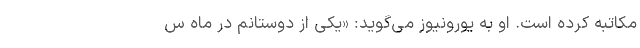
مکاتبه کرده است. او به یورونیوز می‌گوید: «یکی از دوستانم در ماه س